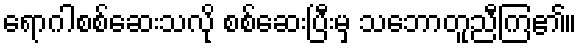
ရောဂါစစ်ဆေးသလို စစ်ဆေးပြီးမှ သဘောတူညီကြ၏။